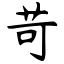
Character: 苛